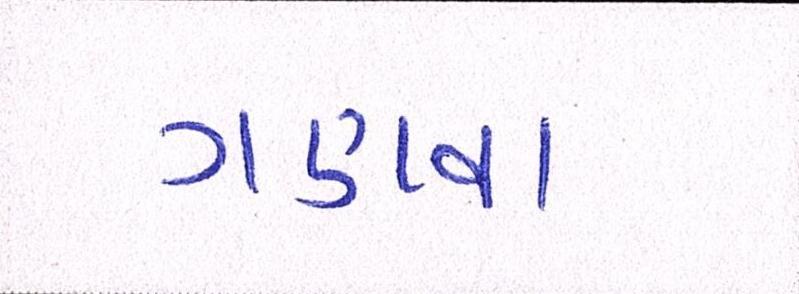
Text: ગણવા